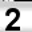
Digit: 2